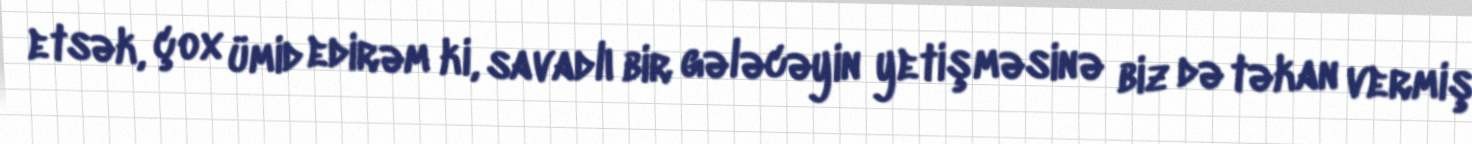
etsək, çox ümid edirəm ki, savadlı bir gələcəyin yetişməsinə biz də təkan vermiş